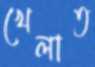
খেলাত